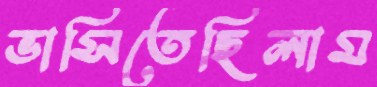
ভাসিতেছিলাম